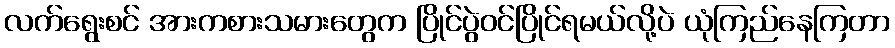
လက်ရွေးစင် အားကစားသမားတွေက ပြိုင်ပွဲဝင်ပြိုင်ရမယ်လို့ပဲ ယုံကြည်နေကြတာ